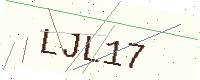
Text: LJL17